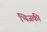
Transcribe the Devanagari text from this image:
भिजकी